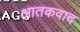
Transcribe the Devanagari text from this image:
आतकवाद